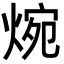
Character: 焥